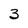
Character: 3